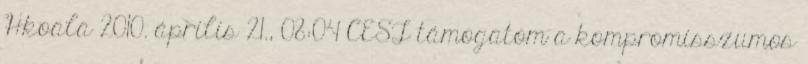
Hkoala 2010. április 21., 08:04 CEST támogatom a kompromisszumos